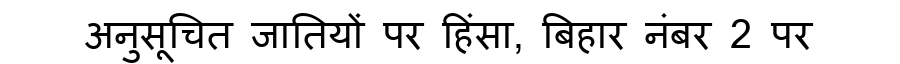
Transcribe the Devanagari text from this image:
अनुसूचित जातियों पर हिंसा, बिहार नंबर 2 पर